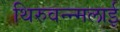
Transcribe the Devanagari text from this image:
थिरुवन्न्मलाई